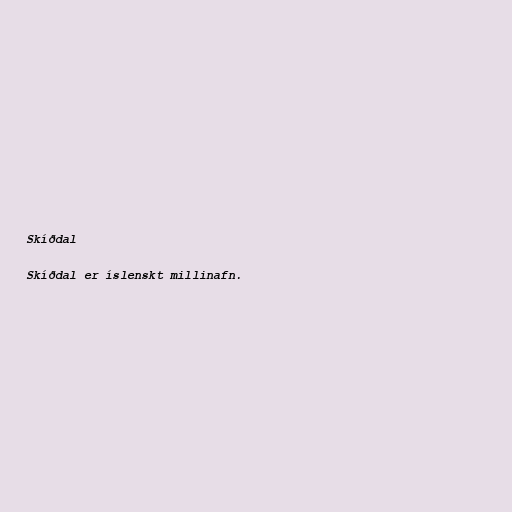
Skíðdal

Skíðdal er íslenskt millinafn.